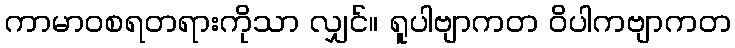
ကာမာဝစရတရားကိုသာ လျှင်။ ရူပါဗျာကတ ဝိပါကဗျာကတ